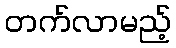
တက်လာမည့်